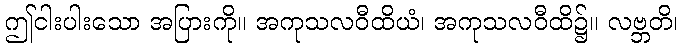
ဤငါးပါးသော အပြားကို။ အကုသလဝီထိယံ၊ အကုသလဝီထိ၌။ လဗ္ဘတိ၊